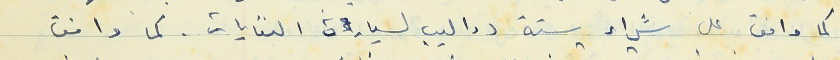
كما وافق على شراء ستة دواليب لسيارة النفايات . كما وافق